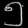
Digit: ၅